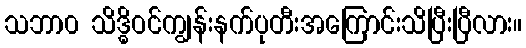
သဘာ၀ သိဒ္ဓိဝင်ကျွန်းနက်ပုတီးအကြောင်းသိပြီးပြီလား။